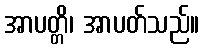
အာပတ္တိ၊ အာပတ်သည်။